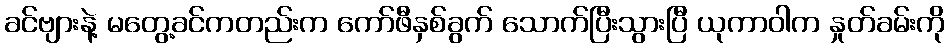
ခင်ဗျားနဲ့ မတွေ့ခင်ကတည်းက ကော်ဖီနှစ်ခွက် သောက်ပြီးသွားပြီ ယုကာဝါက နှုတ်ခမ်းကို